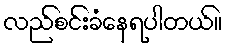
လည်စင်းခံနေရပါတယ်။